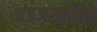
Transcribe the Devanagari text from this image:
अंडजस्तनिन